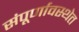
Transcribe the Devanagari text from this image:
संपूर्णावस्थेत